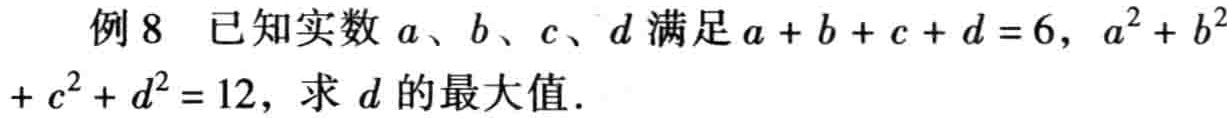
例8 已知实数\(a\)、\(b\)、\(c\)、\(d\)满足\(a + b + c + d = 6\)，\(a^{2} + b^{2}+ c^{2} + d^{2} = 12\)，求 \(d\)的最大值.